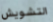
التشويش